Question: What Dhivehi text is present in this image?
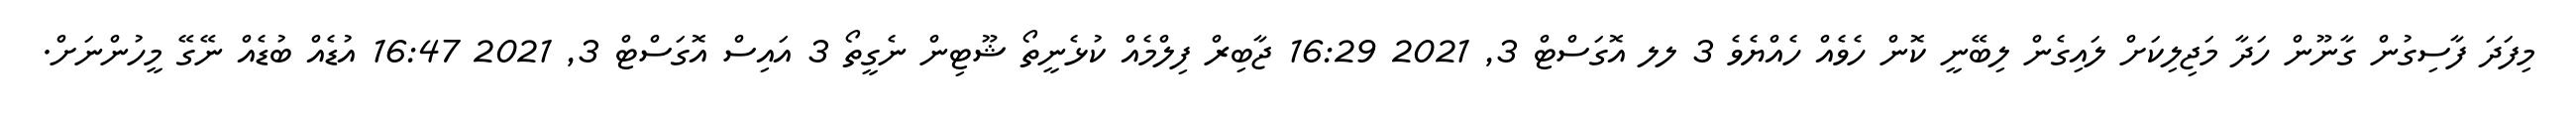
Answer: މިފަދަ ފާސިގުން ގާނޫން ހަދާ މަޖިލިކަށް ލައިގެން ލިބޭނީ ކޮން ހެވެއް ހެއްޔެވެ 3 ލލ އޮގަސްޓް 3, 2021 16:29 ޖާބިރް ފިލްމެއް ކުޅެނީތޯ ޝޫޓިން ނެގީތޯ 3 އައިސް އޮގަސްޓް 3, 2021 16:47 އުޑެއް ބުޑެއް ނޭގޭ މީހުންނަށް.